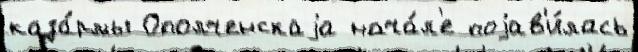
каза́рмы Ополченскаjа нача́л'е поjав'и́лась